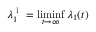
\lambda _ { 1 } ^ { \mathrm { ~ i ~ } } = \operatorname* { l i m i n f } _ { t \to \infty } \lambda _ { 1 } ( t )